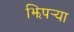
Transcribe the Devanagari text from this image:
झिपर्‍या